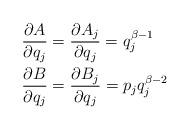
LaTeX: \begin{align*}&\frac{\partial A}{\partial q_{j}}=\frac{\partial A_{j}}{\partial q_{j}}=q^{\beta-1}_{j}\\&\frac{\partial B}{\partial q_{j}}=\frac{\partial B_{j}}{\partial q_{j}}=p_{j}q^{\beta-2}_{j}\end{align*}